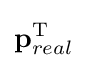
\mathbf {p} _{real}^{\mathrm {T} }